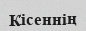
Кісеннің